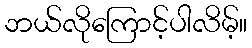
ဘယ်လိုကြောင့်ပါလိမ့်။